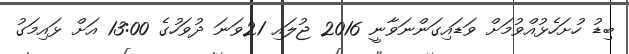
ބިޑު ހުށަހެޅުއްވުމަށް ވަޑައިގަންނަވާނީ 2016 ޖުލައި 21ވަނަ ދުވަހުގެ 13:00 އަށް ޅައިމަގު